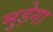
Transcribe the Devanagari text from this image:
मुड़ेगा